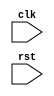
module AXI_Controller (
    input wire clk,
    input wire rst,
    // Input and output ports for master and slave devices
    
    // Timing control block
    // Generates control signals for data transfer operations
    //
    // Verilog code for timing control block goes here
    
    // Synchronization block
    // Ensures data signals are synchronized and aligned
    //
    // Verilog code for synchronization block goes here
);
endmodule